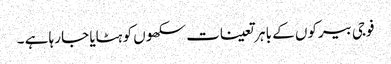
فوجی بیرکوں کے با ہر تعینات سکھوں کو ہٹایا جا رہا ہے ۔